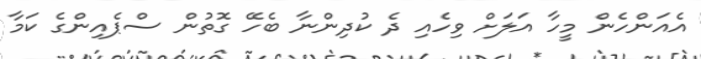
އެއަންހެން މީހާ އަލަށް ވިހެއި ދެ ކުދިންނާ ބެހޭ ގޮތުން ސްޕެއިންގެ ކަމާ